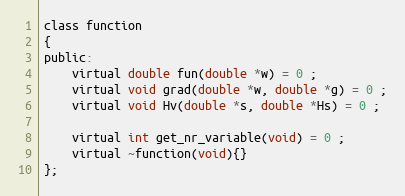
Language: C
class function
{
public:
	virtual double fun(double *w) = 0 ;
	virtual void grad(double *w, double *g) = 0 ;
	virtual void Hv(double *s, double *Hs) = 0 ;

	virtual int get_nr_variable(void) = 0 ;
	virtual ~function(void){}
};